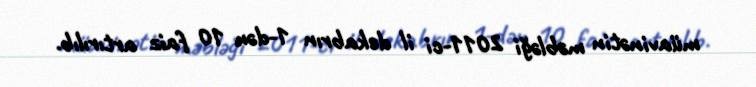
müavinətin məbləği 2011-ci il dekabrın 1-dən 10 faiz artırılıb.